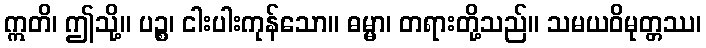
ဣတိ၊ ဤသို့။ ပဉ္စ၊ ငါးပါးကုန်သော။ ဓမ္မာ၊ တရားတို့သည်။ သမယဝိမုတ္တဿ၊